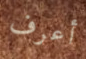
أعرف